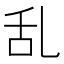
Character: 乱